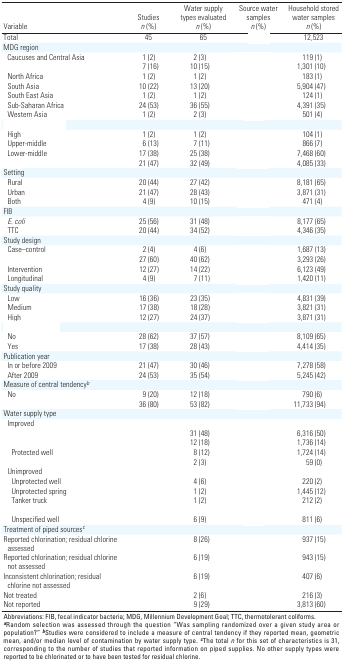
<table><thead><tr><td><b>Variable</b></td><td><b>Studies <i>n</i> (%)</b></td><td><b>Water supply types evaluated <i>n</i> (%)</b></td><td><b>Source water samples <i>n</i> (%)</b></td><td><b>Household stored water samples <i>n</i> (%)</b></td></tr></thead><tbody><tr><td><b>Total</b></td><td>45</td><td>65</td><td>[EMPTY_CELL]</td><td>12,523</td></tr><tr><td><b>MDG region</b></td></tr><tr><td><b>Caucuses and Central Asia</b></td><td>1 (2)</td><td>2 (3)</td><td>[EMPTY_CELL]</td><td>119 (1)</td></tr><tr><td>[EMPTY_CELL]</td><td>7 (16)</td><td>10 (15)</td><td>[EMPTY_CELL]</td><td>1,301 (10)</td></tr><tr><td><b>North Africa</b></td><td>1 (2)</td><td>1 (2)</td><td>[EMPTY_CELL]</td><td>183 (1)</td></tr><tr><td><b>South Asia</b></td><td>10 (22)</td><td>13 (20)</td><td>[EMPTY_CELL]</td><td>5,904 (47)</td></tr><tr><td><b>South East Asia</b></td><td>1 (2)</td><td>1 (2)</td><td>[EMPTY_CELL]</td><td>124 (1)</td></tr><tr><td><b>Sub-Saharan Africa</b></td><td>24 (53)</td><td>36 (55)</td><td>[EMPTY_CELL]</td><td>4,391 (35)</td></tr><tr><td><b>Western Asia</b></td><td>1 (2)</td><td>2 (3)</td><td>[EMPTY_CELL]</td><td>501 (4)</td></tr><tr><td>[EMPTY_CELL]</td></tr><tr><td><b>High</b></td><td>1 (2)</td><td>1 (2)</td><td>[EMPTY_CELL]</td><td>104 (1)</td></tr><tr><td><b>Upper-middle</b></td><td>6 (13)</td><td>7 (11)</td><td>[EMPTY_CELL]</td><td>866 (7)</td></tr><tr><td><b>Lower-middle</b></td><td>17 (38)</td><td>25 (38)</td><td>[EMPTY_CELL]</td><td>7,468 (60)</td></tr><tr><td>[EMPTY_CELL]</td><td>21 (47)</td><td>32 (49)</td><td>[EMPTY_CELL]</td><td>4,085 (33)</td></tr><tr><td><b>Setting</b></td></tr><tr><td><b>Rural</b></td><td>20 (44)</td><td>27 (42)</td><td>[EMPTY_CELL]</td><td>8,181 (65)</td></tr><tr><td><b>Urban</b></td><td>21 (47)</td><td>28 (43)</td><td>[EMPTY_CELL]</td><td>3,871 (31)</td></tr><tr><td><b>Both</b></td><td>4 (9)</td><td>10 (15)</td><td>[EMPTY_CELL]</td><td>471 (4)</td></tr><tr><td><b>FIB </b></td></tr><tr><td><b><i>E. coli</i></b></td><td>25 (56)</td><td>31 (48)</td><td>[EMPTY_CELL]</td><td>8,177 (65)</td></tr><tr><td><b>TTC </b></td><td>20 (44)</td><td>34 (52)</td><td>[EMPTY_CELL]</td><td>4,346 (35)</td></tr><tr><td><b>Study design</b></td></tr><tr><td><b>Case–control</b></td><td>2 (4)</td><td>4 (6)</td><td>[EMPTY_CELL]</td><td>1,687 (13)</td></tr><tr><td>[EMPTY_CELL]</td><td>27 (60)</td><td>40 (62)</td><td>[EMPTY_CELL]</td><td>3,293 (26)</td></tr><tr><td><b>Intervention</b></td><td>12 (27)</td><td>14 (22)</td><td>[EMPTY_CELL]</td><td>6,123 (49)</td></tr><tr><td><b>Longitudinal</b></td><td>4 (9)</td><td>7 (11)</td><td>[EMPTY_CELL]</td><td>1,420 (11)</td></tr><tr><td><b>Study quality</b></td></tr><tr><td><b>Low</b></td><td>16 (36)</td><td>23 (35)</td><td>[EMPTY_CELL]</td><td>4,831 (39)</td></tr><tr><td><b>Medium</b></td><td>17 (38)</td><td>18 (28)</td><td>[EMPTY_CELL]</td><td>3,821 (31)</td></tr><tr><td><b>High</b></td><td>12 (27)</td><td>24 (37)</td><td>[EMPTY_CELL]</td><td>3,871 (31)</td></tr><tr><td>[EMPTY_CELL]</td></tr><tr><td><b>No</b></td><td>28 (62)</td><td>37 (57)</td><td>[EMPTY_CELL]</td><td>8,109 (65)</td></tr><tr><td><b>Yes</b></td><td>17 (38)</td><td>28 (43)</td><td>[EMPTY_CELL]</td><td>4,414 (35)</td></tr><tr><td><b>Publication year</b></td></tr><tr><td><b>In or before 2009</b></td><td>21 (47)</td><td>30 (46)</td><td>[EMPTY_CELL]</td><td>7,278 (58)</td></tr><tr><td><b>After 2009</b></td><td>24 (53)</td><td>35 (54)</td><td>[EMPTY_CELL]</td><td>5,245 (42)</td></tr><tr><td><b>Measure of central tendency<sup><i>b</i></sup></b></td></tr><tr><td><b>No</b></td><td>9 (20)</td><td>12 (18)</td><td>[EMPTY_CELL]</td><td>790 (6)</td></tr><tr><td>[EMPTY_CELL]</td><td>36 (80)</td><td>53 (82)</td><td>[EMPTY_CELL]</td><td>11,733 (94)</td></tr><tr><td><b>Water supply type</b></td></tr><tr><td><b>Improved</b></td></tr><tr><td>[EMPTY_CELL]</td><td>[EMPTY_CELL]</td><td>31 (48)</td><td>[EMPTY_CELL]</td><td>6,316 (50)</td></tr><tr><td>[EMPTY_CELL]</td><td>[EMPTY_CELL]</td><td>12 (18)</td><td>[EMPTY_CELL]</td><td>1,736 (14)</td></tr><tr><td><b>Protected well</b></td><td>[EMPTY_CELL]</td><td>8 (12)</td><td>[EMPTY_CELL]</td><td>1,724 (14)</td></tr><tr><td>[EMPTY_CELL]</td><td>[EMPTY_CELL]</td><td>2 (3)</td><td>[EMPTY_CELL]</td><td>59 (0)</td></tr><tr><td><b>Unimproved</b></td></tr><tr><td><b>Unprotected well</b></td><td>[EMPTY_CELL]</td><td>4 (6)</td><td>[EMPTY_CELL]</td><td>220 (2)</td></tr><tr><td><b>Unprotected spring</b></td><td>[EMPTY_CELL]</td><td>1 (2)</td><td>[EMPTY_CELL]</td><td>1,445 (12)</td></tr><tr><td><b>Tanker truck</b></td><td>[EMPTY_CELL]</td><td>1 (2)</td><td>[EMPTY_CELL]</td><td>212 (2)</td></tr><tr><td>[EMPTY_CELL]</td></tr><tr><td><b>Unspecified well</b></td><td>[EMPTY_CELL]</td><td>6 (9)</td><td>[EMPTY_CELL]</td><td>811 (6)</td></tr><tr><td><b>Treatment of piped sources<sup><i>c</i></sup></b></td></tr><tr><td><b>Reported chlorination; residual chlorine assessed</b></td><td>[EMPTY_CELL]</td><td>8 (26)</td><td>[EMPTY_CELL]</td><td>937 (15)</td></tr><tr><td><b>Reported chlorination; residual chlorine not assessed</b></td><td>[EMPTY_CELL]</td><td>6 (19)</td><td>[EMPTY_CELL]</td><td>943 (15)</td></tr><tr><td><b>Inconsistent chlorination; residual chlorine not assessed</b></td><td>[EMPTY_CELL]</td><td>6 (19)</td><td>[EMPTY_CELL]</td><td>407 (6)</td></tr><tr><td><b>Not treated</b></td><td>[EMPTY_CELL]</td><td>2 (6)</td><td>[EMPTY_CELL]</td><td>216 (3)</td></tr><tr><td><b>Not reported</b></td><td>[EMPTY_CELL]</td><td>9 (29)</td><td>[EMPTY_CELL]</td><td>3,813 (60)</td></tr><tr><td colspan="5">Abbreviations: FIB, fecal indicator bacteria; MDG, Millennium Development Goal; TTC, thermotolerant coliforms. <sup><i><b>a</b></i></sup>Random selection was assessed through the question “Was sampling randomized over a given study area or population?” <sup><i><b>b</b></i></sup>Studies were considered to include a measure of central tendency if they reported mean, geometric mean, and/or median level of contamination by water supply type. <sup><i><b>c</b></i></sup>The total <i>n</i> for this set of characteristics is 31, corresponding to the number of studies that reported information on piped supplies. No other supply types were reported to be chlorinated or to have been tested for residual chlorine.</td></tr></tbody></table>